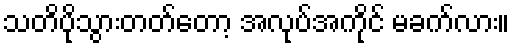
သတိပိုသွားတတ်တော့ အလုပ်အကိုင် မခက်လား။